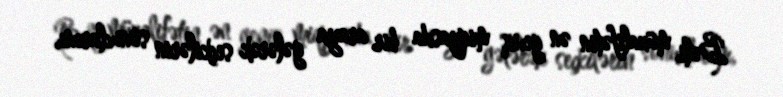
Bəli, müxalifətin ən geniş miqyasda bir araya gələrək seçkilərin sonuclarını,